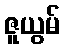
ဇူယွမ်